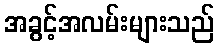
အခွင့်အလမ်းများသည်